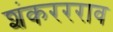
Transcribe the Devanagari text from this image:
शंकररराव